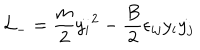
{ \cal { L } } _ { - } = \frac { m } { 2 } { \dot { y _ { i } } } ^ { 2 } - \frac { B } { 2 } \epsilon _ { i j } y _ { i } \dot { y _ { j } }